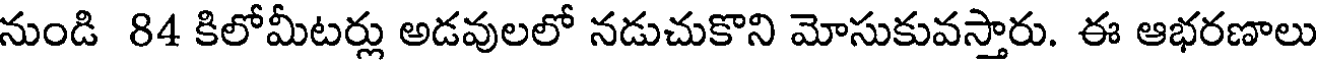
నుండి 84 కిలోమీటర్లు అడవులలో నడుచుకొని మోసుకువస్తారు. ఈ ఆభరణాలు